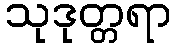
သုဒုတ္တရာ